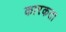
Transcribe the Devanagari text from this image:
कारकता